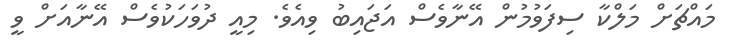
މައްޗަށް މަލްކާ ސިފަވުމުން އޭނާވެސް އަޖައިބު ވިއެވެ. މިއީ ދުވަހަކުވެސް އޭނާއަށް ވީ